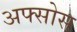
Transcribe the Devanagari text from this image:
अफ्सोस